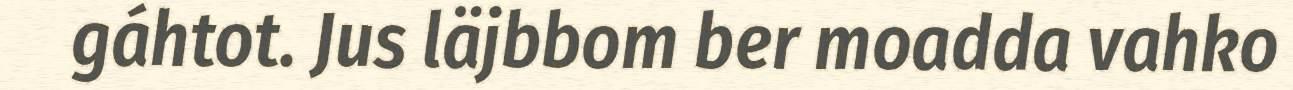
gáhtot. Jus läjbbom ber moadda vahko